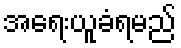
အရေးယူခံရမည်